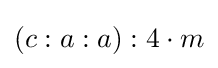
(c:a:a):4\cdot m